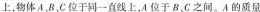
上，物体A、B、C位于同一直线上，A位于B、C之间。A的质量